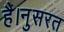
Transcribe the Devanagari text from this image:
है।नुसरत